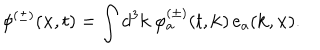
LaTeX: \phi ^ { ( \pm ) } ( { \bf x } , t ) = \int d ^ { 3 } { \bf k } \, \varphi _ { a } ^ { ( \pm ) } ( t , { \bf k } ) \, e _ { a } ( { \bf k } , { \bf x } ) .